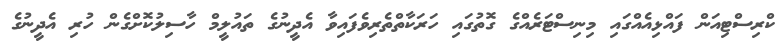
ކްރިސްޓިއަން ފައްޅިއެއްގައި މިނިސްޓަރެއްގެ ގޮތުގައި ހަރަކާތްތެރިވެފައިވާ އެދީނުގެ ތައުލީމް ހާސިލުކޮށްގެން ހުރި އެދީނުގެ